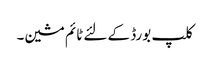
کلپ بورڈ کے لئے ٹائم مشین۔